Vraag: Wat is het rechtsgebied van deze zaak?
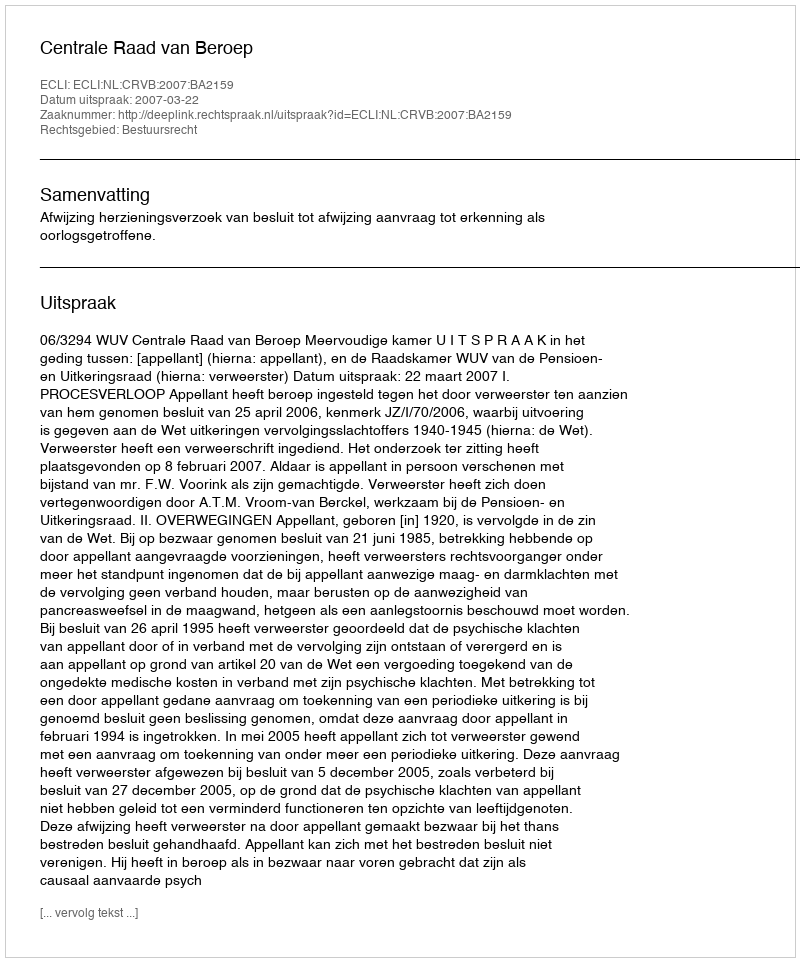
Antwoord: Bestuursrecht